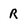
Character: r